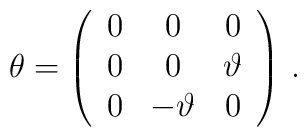
\theta = \left(\begin{array}{ccc}0&0&0\\0&0&\vartheta\\0&-\vartheta&0\\\end{array} \right) \, .